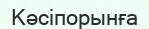
Кәсіпорынға